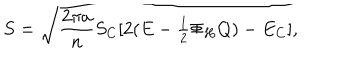
LaTeX: S = \sqrt { { \frac { 2 \pi a } { n } } S _ { C } [ 2 ( E - \textstyle { \frac { 1 } { 2 } } \Phi _ { H } Q ) - E _ { C } ] } ,